Scottish Leaving Certificate Examination, 1956
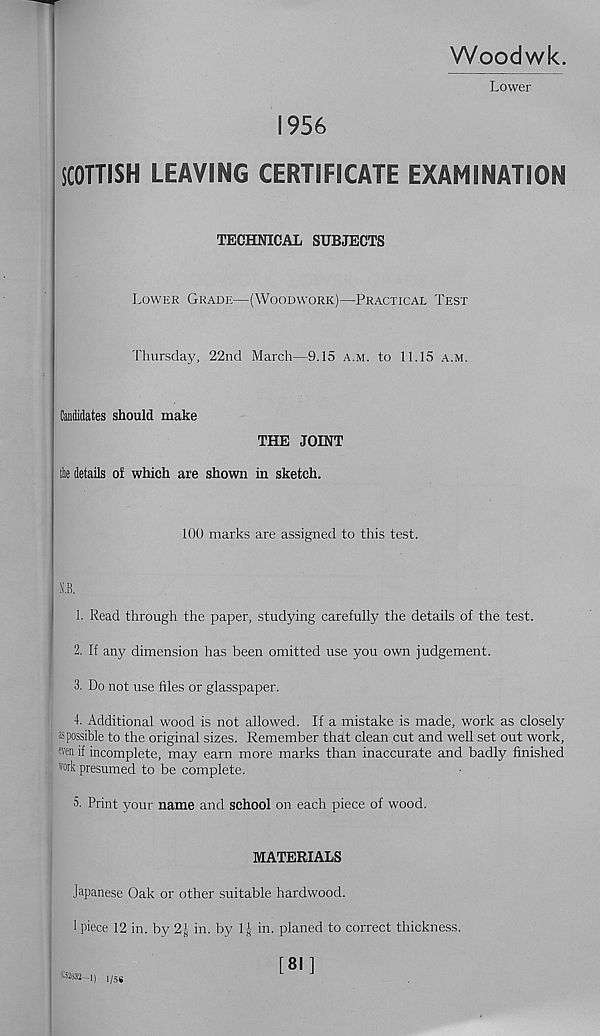
Woodwk.
Lower
1956
SCOTTISH LEAVING CERTIFICATE EXAMINATION
TECHNICAL SUBJECTS
Lower Grade—(Woodwork)—Practical Test
Thursday, 22nd March—9.15 a.m. to 11.15 a.m.
Candidates should make
THE JOINT
the details of which are shown in sketch.
100 marks are assigned to this test.
MB.
1. Read through the paper, studying carefully the details of the test.
2. If any dimension has been omitted use you own judgement.
3. Do not use files or glasspaper.
4. Additional wood is not allowed. If a mistake is made, work as closely
as possible to the original sizes. Remember that clean cut and well set out work,
even if incomplete, may earn more marks than inaccurate and badly finished
work presumed to be complete.
5. Print your name and school on each piece of wood.
MATERIALS
Japanese Oak or other suitable hardwood.
1 piece 12 in. by 2| in. by 1J- in. planed to correct thickness.
fem-i) , /5#
[81]